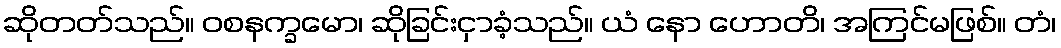
ဆိုတတ်သည်။ ဝစနက္ခမော၊ ဆိုခြင်းငှာခံ့သည်။ ယံ နော ဟောတိ၊ အကြင်မဖြစ်။ တံ၊